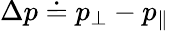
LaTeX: \Delta p\doteq p_{\perp}-p_{\| }